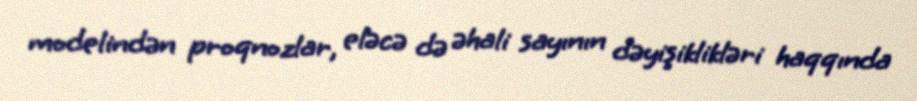
modelindən proqnozlar, eləcə də əhali sayının dəyişiklikləri haqqında